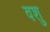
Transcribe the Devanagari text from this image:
वशु